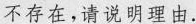
不存在，请说明理由.